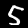
Label: 5